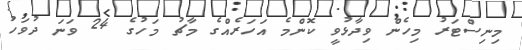
މިނިސްޓަރު މިހެން ވިދާޅުވީ ކޮންމެ އަހަރެއްގެ މާޗު މަހުގެ 24 ވަނަ ދުވަހު